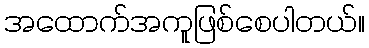
အထောက်အကူဖြစ်စေပါတယ်။